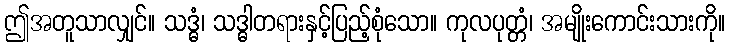
ဤအတူသာလျှင်။ သဒ္ဓံ၊ သဒ္ဓါတရားနှင့်ပြည့်စုံသော။ ကုလပုတ္တံ၊ အမျိုးကောင်းသားကို။